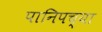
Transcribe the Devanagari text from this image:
पानिपच्या